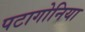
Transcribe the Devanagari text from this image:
पटागोनिया